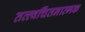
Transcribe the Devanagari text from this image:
तत्त्वचिंतनात्मक